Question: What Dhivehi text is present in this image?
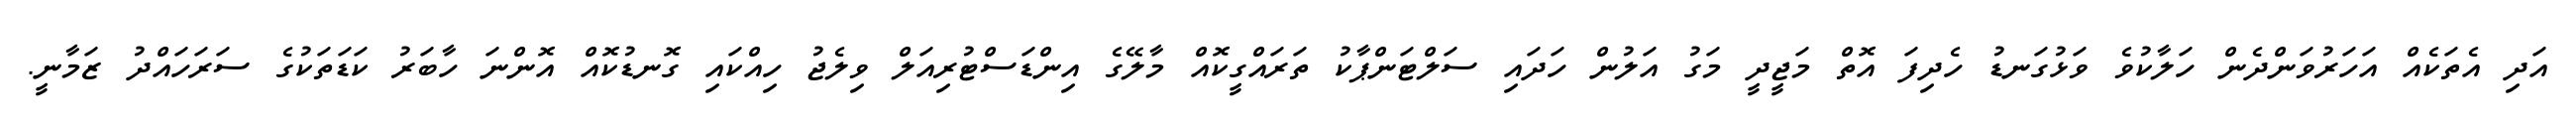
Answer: އަދި އެތަކެއް އަހަރުވަންދެން ހަލާކުވެ ވަޅުގަނޑު ހެދިފަ އޮތް މަޖީދީ މަގު އަލުން ހަދައި ސަލްޓަންޕާކު ތަރައްގީކޮއް މާލޭގެ އިންޑަސްޓުރިއަލް ވިލެޖު ހިއްކައި ގޮނޑުކޮއް އޮންނަ ހާބަރު ކަޑަތަކުގެ ސަރަހައްދު ޒަމާނީ.